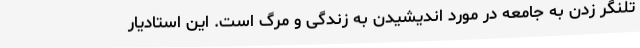
تلنگر زدن به جامعه در مورد اندیشیدن به زندگی و مرگ است. این استادیار